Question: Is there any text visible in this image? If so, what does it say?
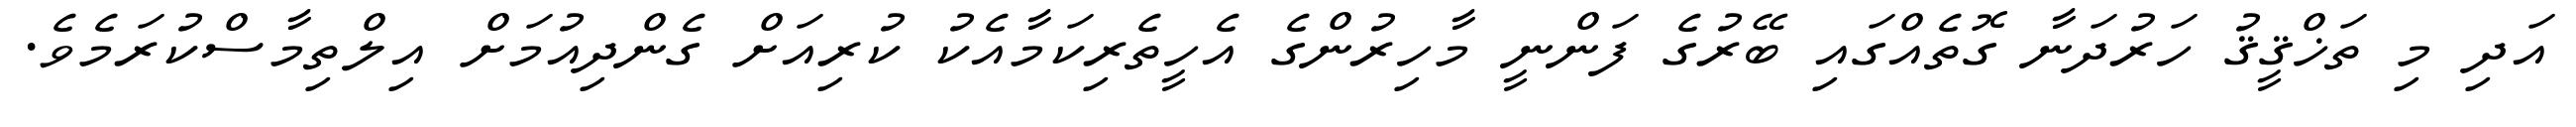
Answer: އަދި މި ތަޚްޤީޤު ހަރުދަނާ ގޮތެއްގައި ބޭރުގެ ފަންނީ މާހިރުންގެ އެހީތެރިކަމާއެކު ކުރިއަށް ގެންދިއުމަށް އިލްތިމާސްކުރަމެވެ.